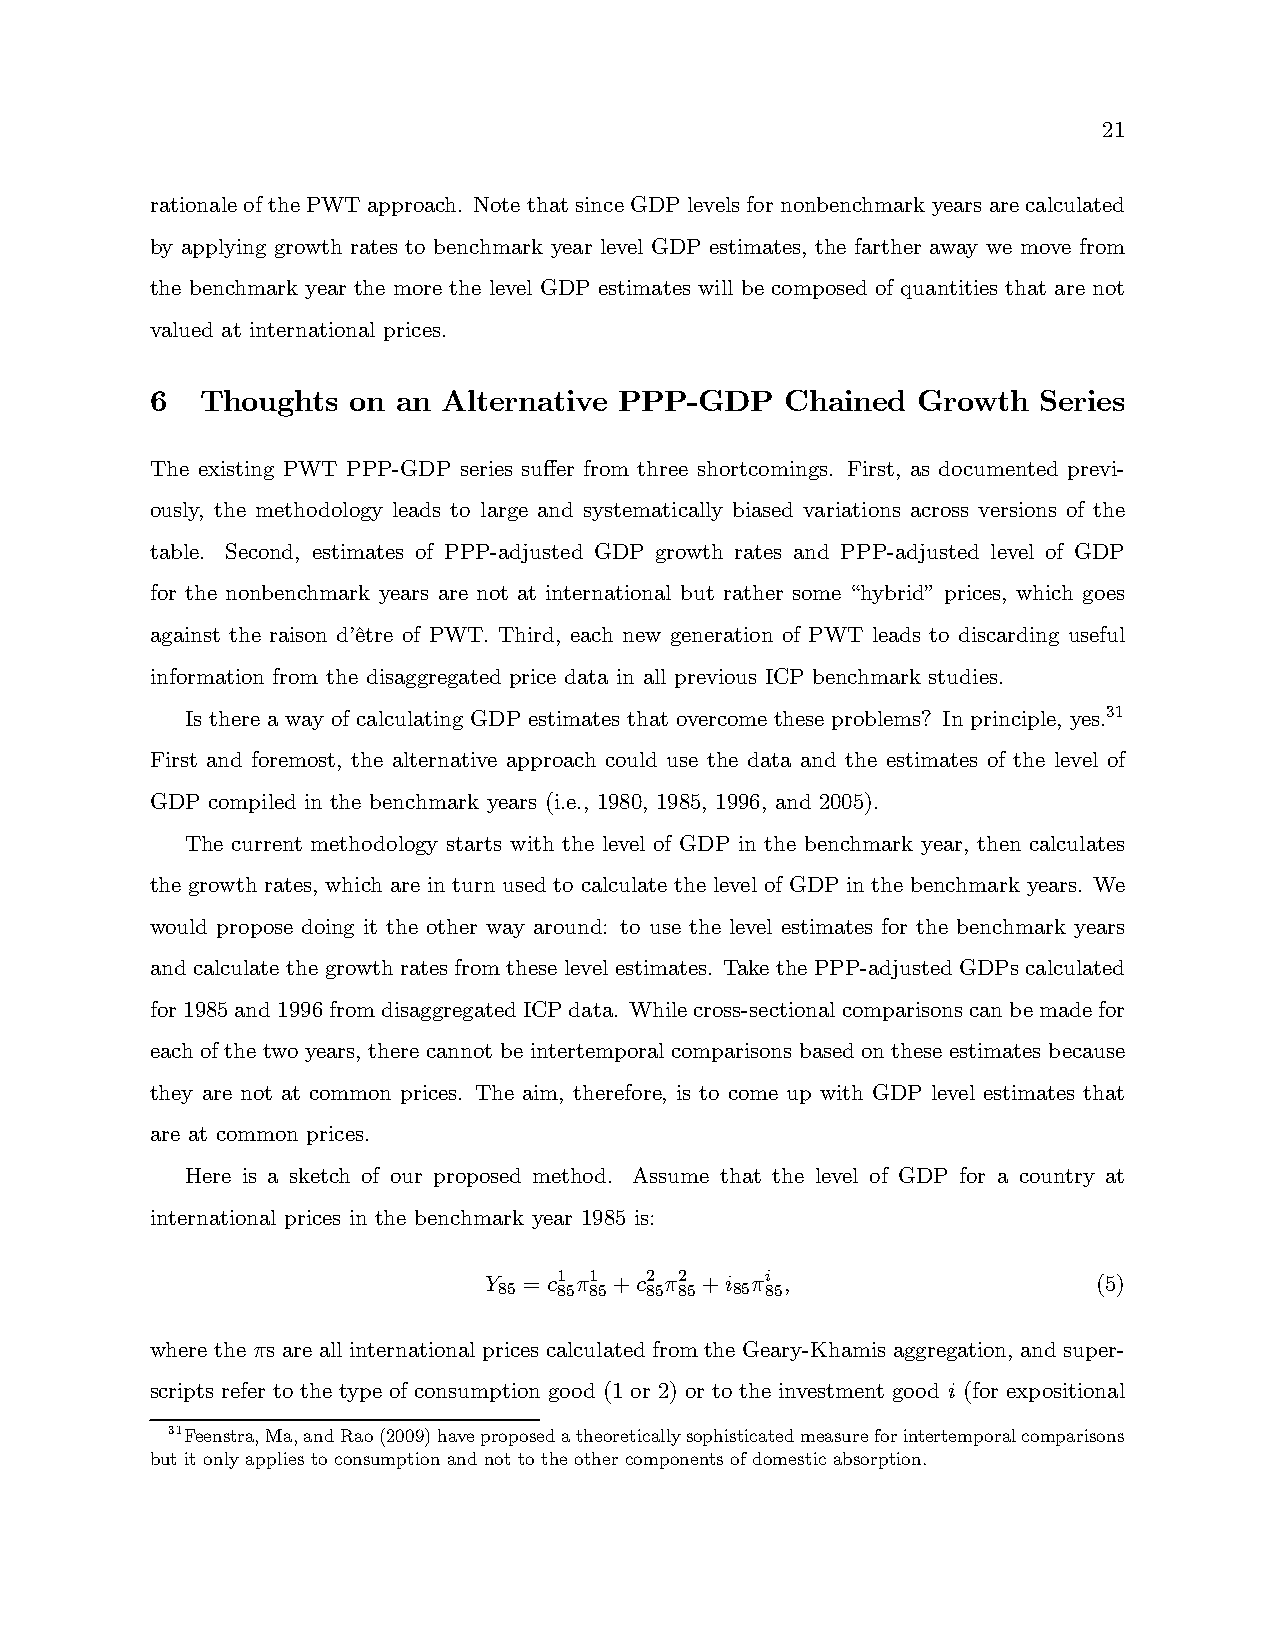
21
 rationaleof thePWTapproach. Note that sinceGDP levels for nonbenchmark years arecalculated
 by applying growth rates to benchmark year level GDP estimates, the farther away we move from
 the benchmark year the more the level GDP estimates will be composed of quantities that are not
 valued at international prices.
 6  Thoughts  on an Alternative PPP-GDP    Chained  Growth  Series
 The existing PWT PPP-GDP series suffer from three shortcomings. First, as documented previ-
 ously, the methodology leads to large and systematically biased variations across versions of the
 table. Second, estimates of PPP-adjusted GDP growth rates and PPP-adjusted level of GDP
 for the nonbenchmark years are not at international but rather some “hybrid” prices, which goes
 against the raison d’être of PWT. Third, each new generation of PWT leads to discarding useful
 information from the disaggregated price data in all previous ICP benchmark studies.
 Is there a way of calculating GDP estimates that overcome these problems? In principle, yes.31
 First and foremost, the alternative approach could use the data and the estimates of the level of
 GDP compiled in the benchmark years (i.e., 1980, 1985, 1996, and 2005).
 The current methodology starts with the level of GDP in the benchmark year, then calculates
 the growth rates, which are in turn used to calculate the level of GDP in the benchmark years. We
 would propose doing it the other way around: to use the level estimates for the benchmark years
 and calculate the growth rates from these level estimates. Take the PPP-adjusted GDPs calculated
 for1985and1996fromdisaggregatedICPdata. Whilecross-sectionalcomparisonscanbemadefor
 each of the two years, there cannot be intertemporal comparisons based on these estimates because
 they are not at common prices. The aim, therefore, is to come up with GDP level estimates that
 are at common prices.
 Here is a sketch of our proposed method. Assume that the level of GDP for a country at
 international prices in the benchmark year 1985 is:
   =1 1 +2 2 +                   (5)
 85  85 85 85 85 85 85
 where the s are all international prices calculated from the Geary-Khamis aggregation, and super-
 scripts refer to the type of consumption good (1 or 2) or to the investment good i (for expositional
 31Feenstra,Ma,andRao(2009)haveproposedatheoreticallysophisticatedmeasureforintertemporalcomparisons
 but it only applies to consumption and not to the other components of domestic absorption.